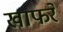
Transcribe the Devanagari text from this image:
खाफरे